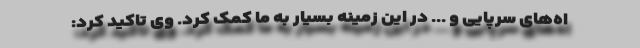
اه‌های سرپایی و ... در این زمینه بسیار به ما کمک کرد. وی تاکید کرد: